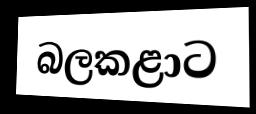
බලකළාට